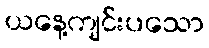
ယနေ့ကျင်းပသော